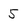
Character: 5